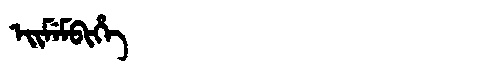
Manchu: ᡝᡳᠮᡝᠮᠪᡳᡥᡝ
Romanization: EIMEMBIHE